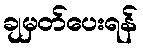
ချမှတ်ပေးရန်